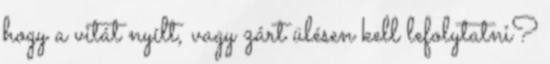
hogy a vitát nyílt, vagy zárt ülésen kell lefolytatni?